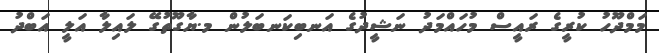
މަމްދޫހު ކުރީގެ ރައީސް މުހައްމަދު ނަޝީދުގެ އަނބިކަނބަލުން މ.ޔާގޫތުގޭ ލައިލާ އަލީ އަބްދު